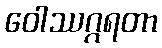
ဝေါဿဂ္ဂရတာ